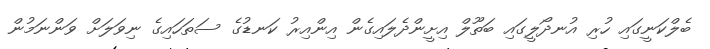
ބެލްކަނީގައި ހުރި އުނދޯލީގައި ބަތޫލް އިށީންދެލައިގެން އިންއިރު ކަނޑުގެ ސަތަހައިގެ ނިވަލަށް ވަންނަމުން